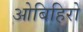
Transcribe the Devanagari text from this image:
ओबिहिरो